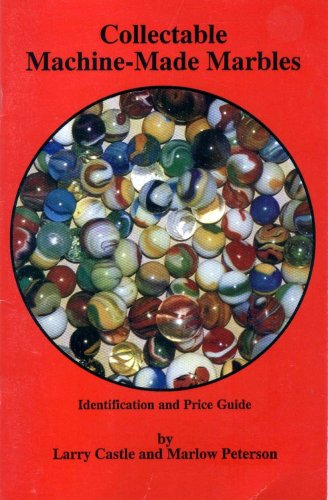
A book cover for Collectible Machine-Made Marbles , Identification and Price Guide; Larry Castle; Crafts, Hobbies & Home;